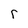
Character: r